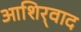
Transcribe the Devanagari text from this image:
आशिर्‍वाद